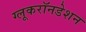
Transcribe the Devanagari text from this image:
ग्लूकरॉनडेशन